Report of the Hyderabad Chloroform Commission
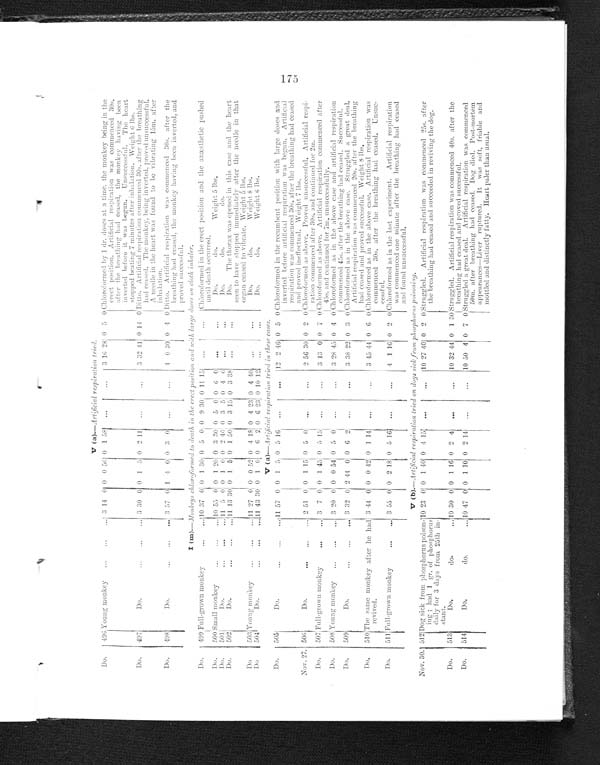
V (a).—Artificial respiration tried.
Do.
496 Young monkey
. . .
3 14 0 0 0 56 0 1 58
. . .
. . .
3 16 28 0 5 0 Chloroformed by 1 dr. doses at a time, the monkey being in the-
erect position. Artificial respiration was commenced 30s.
after the breathing had ceased, the monkey having been
inverted before it was begun. Unsuccessful. The heart
stopped beating 7 minutes after inhalation. Weight 6 lbs.
Do.
497
Do. . . .
3 30 0 0 1 5 0 2 11
. . .
. . .
3 32 41 0 14 0 Ditto. Artificial respiration commenced 30s. after the breathing
had ceased. The monkey, being inverted. proved unsuccessful.
A needle in the heart was found to be vibrating 15m. after
inhalation.
Do.
498
Do.
. . .
3 57 0 1 4 0 0 3 0
. . .
. . .
4 0 30 0 4 0 Ditto. Artificial respiration Was commenced 30s. after the
breathing had ceased, the monkey having been inverted, and
proved successful.
I (m).—Monkeys chloroformed to death in the erect position and with. large doses on cloth inhaler.
Do.
499 Fall-grown monkey
. . .
10 37 0 0 1 30 0 5 0 0 9 30 0 11 15
. . .
. . .
Chloroformed in the erect position and the anæsthetic pushed
until death occurred.
Do.
500 Small monkey
. . .
10 55
0 0 1 20 0 3 30 0 5 0 0 6 0
. . .
. . .
Do.
do.
Weight 5 lbs.
Do..
501
Do. . . .
11 5 0 0 1 0 0 2 46 0 3 5 0 4 6
. . .
. . .
D o . d o .
d o .
Do.
502.
Do.
. . .
11 13 30 0 1 5 0 1 50 0 3 15 0 3 38
. . .
. . .
Do. The thorax was opened in this case and the heart
seen to have stopped immediately after the needle in that
organ ceased to vibrate. Weight 5 lbs.
Do
503 Young monkey
. . .
11 27 0 0 0 52 0 4 18 0 4 23 0 4 40
. . .
. . .
Do.
do.
Weight 8 lbs.
Do
504
D o . . .
11 43 30 0 1 0 0 6 2 0 6 23 0 10 12
. . .
. . .
Do.
do.
Weight 6 lbs.
V (a).—Artificial respiration tried in these cases.
Do.
505
Do. . .
11
5 0 0 1 5 0 5 16
. . .
. . .
12 2 46 0 5 0 Chloroformed in the recumbent position with large doses and
inverted before artificial respiration was begun. Artificial
respiration was commenced 30s. after the breathing had ceased
and proved ineffectual. Weight 7 lbs.
Nov. 27. 506
Do.
. . .
2 51 0 0 1 15 0 5 0
. . .
. . .
2 56 30 0 2 0 Chloroformed as above. Proved unsuccessful. Artificial respi
-
ration commenced after 30s. and continued for 2m.
Do.
507 Full-grown monkey . . .
3 7 0 0 1 45 0 5 15
. . .
. . .
3 13 0 0 7 0 Chloroformed as above. Artificial respiration commenced after
45s. and continued for 7m. unsuccessfully.
Do.
508 Young monkey
. . .
3 20 0 0 0 54 0 5 0
. . .
. . .
3 28 45 0 4 0 C h l o r o f o r m e d
as in the aoove case and artifical respiration
commenced 45s. after the breathing had ceased. Successful.
Do.
509
Do.
. . .
3 32 0 2 44 0 0 6 2
. . .
. . .
3 38 22 0 3 0 Chloroformed as in the above case. Struggled a great deal.
Artificial respiration was commenced 20s. after the breathing
had ceased and proved successful. Weight 8 lbs.
Do.
510 The same monkey after he had
revived.
3 44 0 0 0 42 0 1 14
. . . . . .
3 45 44 0 6 0
Chloroformed as in the above case. Artificial respiration was
commenced 30s. after the breathing had ceased. Unsuc-
cessful.
Do.
511
Full-grown monkey
. . .
3 55 0 0 2 18 0 5 16
. . .
. . .
4 1 16 0 2
0
Chloroformed as in the last experiment. Artificial respiration
was commenced one minute after the breathing had ceased
and found unsuccessful.
V (b). —A rtificial respiration tried on dogs sick from phosphorus poisoning.
Nov. 30. 512
Dog sick from phosphorus poison
-ing; had 1 gr. of phosphorus
daily for 3 days from 25th in
-
stant.
10
23 0 0 1 40 0 4 15
. . .
. . .
10 27 40 0 2
0
Struggled. Artificial respiration was commenced 25s. after
the breathing had ceased and succeeded in reviving the dog.
Do.
513
Do.
do.
. . .10 30 0 0 1 16 0 2 4
. . .
. . . 10 32 14 0 1 30 Struggled. Artificial respiration was commenced 40s. after the
breathing had ceased and proved successful.
Do.
514
Do.
do.
. . . 10 47 0 0 1
10
0 2 14
. . .
. . . 10 50 4 0 7 0 Struggled a great deal. Artificial respiration was commenced
50m. after breathing had ceased. Dog died. Post-mortem
appearances—Liver ruptured. It was soft, friable and
mottled and distinctly fatty. Heart paler than usual.
175